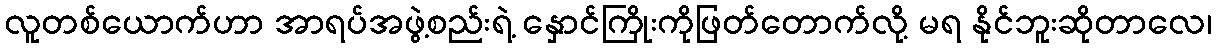
လူတစ်ယောက်ဟာ အာရပ်အဖွဲ့စည်းရဲ့ နှောင်ကြိုးကိုဖြတ်တောက်လို့ မရ နိုင်ဘူးဆိုတာလေ၊